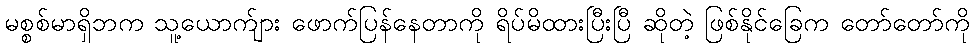
မစ္စစ်မာရှိဘက သူ့ယောက်ျား ဖောက်ပြန်နေတာကို ရိပ်မိထားပြီးပြီ ဆိုတဲ့ ဖြစ်နိုင်ခြေက တော်တော်ကို